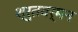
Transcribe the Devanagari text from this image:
श्रुतवर्मन